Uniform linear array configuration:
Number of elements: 48
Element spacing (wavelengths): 1
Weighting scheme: kaiser
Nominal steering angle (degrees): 45
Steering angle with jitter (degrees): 43.815
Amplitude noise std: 0.05
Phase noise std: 0.05

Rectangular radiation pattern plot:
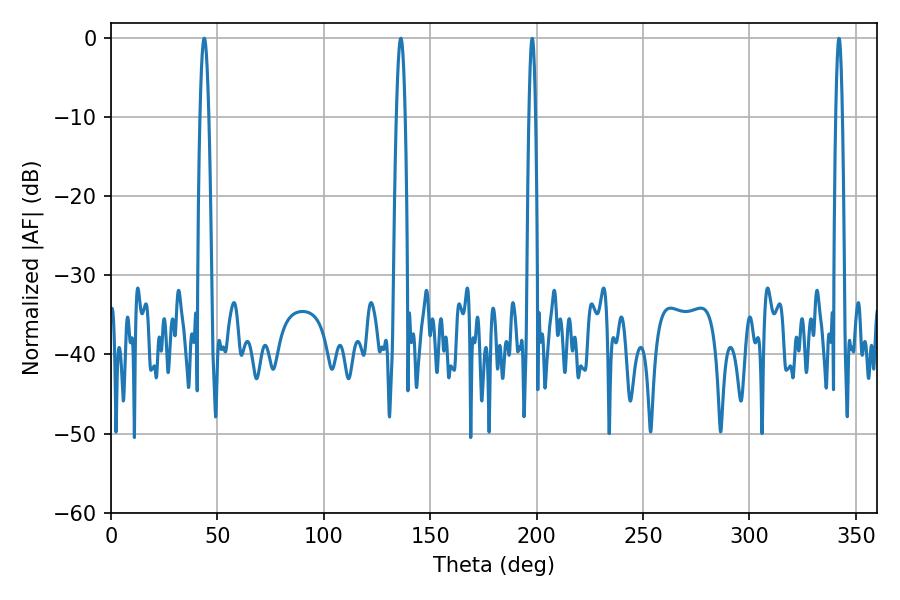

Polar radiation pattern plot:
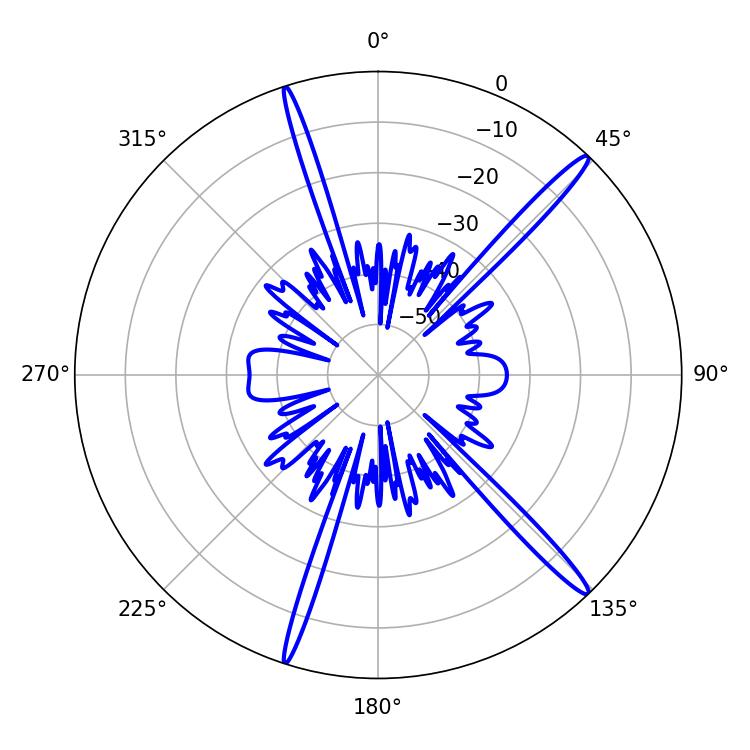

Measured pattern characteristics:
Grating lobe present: TRUE
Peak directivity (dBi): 16.981
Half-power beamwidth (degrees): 2.34
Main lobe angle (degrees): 43.74